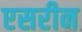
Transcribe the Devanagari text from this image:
एसरीन